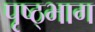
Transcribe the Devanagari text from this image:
पृष्ठ्भाग